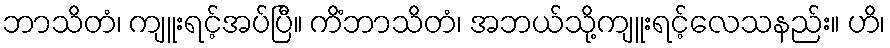
ဘာသိတံ၊ ကျူးရင့်အပ်ပြီ။ ကိံဘာသိတံ၊ အဘယ်သို့ကျူးရင့်လေသနည်း။ ဟိ၊